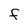
Character: f